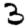
Digit: 3